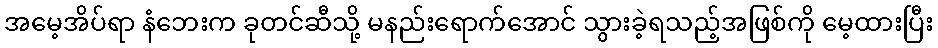
အမေ့အိပ်ရာ နံဘေးက ခုတင်ဆီသို့ မနည်းရောက်အောင် သွားခဲ့ရသည့်အဖြစ်ကို မေ့ထားပြီး